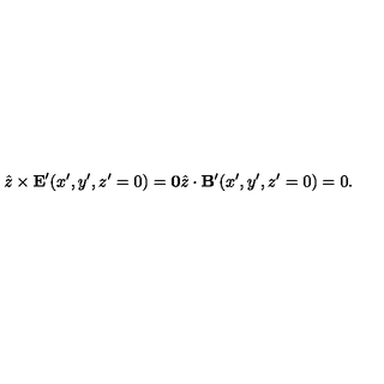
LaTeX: { \hat { z } } \times { \bf E } ^ { \prime } ( x ^ { \prime } , y ^ { \prime } , z ^ { \prime } = 0 ) = { \bf 0 } { \hat { z } } \cdot { \bf B } ^ { \prime } ( x ^ { \prime } , y ^ { \prime } , z ^ { \prime } = 0 ) = 0 .